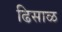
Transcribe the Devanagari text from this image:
ढिसाळ